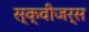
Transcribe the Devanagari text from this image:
स्क्वीजर्स